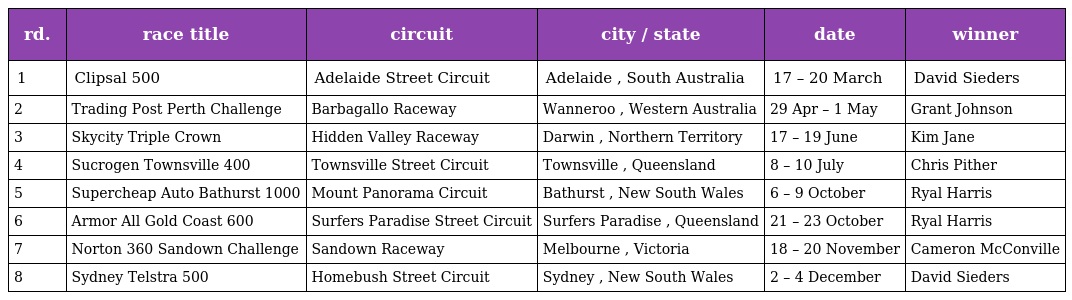
| rd. | race title | circuit | city / state | date | winner |
 | --- | --- | --- | --- | --- | --- |
 | 1 | Clipsal 500 | Adelaide Street Circuit | Adelaide , South Australia | 17 – 20 March | David Sieders |
 | 2 | Trading Post Perth Challenge | Barbagallo Raceway | Wanneroo , Western Australia | 29 Apr – 1 May | Grant Johnson |
 | 3 | Skycity Triple Crown | Hidden Valley Raceway | Darwin , Northern Territory | 17 – 19 June | Kim Jane |
 | 4 | Sucrogen Townsville 400 | Townsville Street Circuit | Townsville , Queensland | 8 – 10 July | Chris Pither |
 | 5 | Supercheap Auto Bathurst 1000 | Mount Panorama Circuit | Bathurst , New South Wales | 6 – 9 October | Ryal Harris |
 | 6 | Armor All Gold Coast 600 | Surfers Paradise Street Circuit | Surfers Paradise , Queensland | 21 – 23 October | Ryal Harris |
 | 7 | Norton 360 Sandown Challenge | Sandown Raceway | Melbourne , Victoria | 18 – 20 November | Cameron McConville |
 | 8 | Sydney Telstra 500 | Homebush Street Circuit | Sydney , New South Wales | 2 – 4 December | David Sieders |